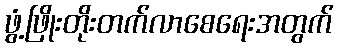
ဖွံ့ဖြိုးတိုးတက်လာစေရေးအတွက်